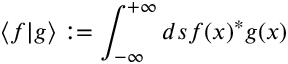
\langle f \rvert g \rangle : = \int _ { - \infty } ^ { + \infty } d s f ( x ) ^ { * } g ( x )